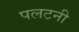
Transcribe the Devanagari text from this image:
पलटनी